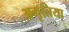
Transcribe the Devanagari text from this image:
अमृतिया